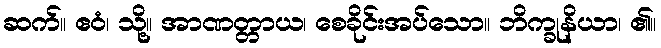
ဆက်။ ဧဝံ၊ သို့။ အာဏတ္တာယ၊ စေခိုင်းအပ်သော။ ဘိက္ခုနိယာ၊ ၏။